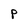
Character: p